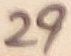
Text: 29